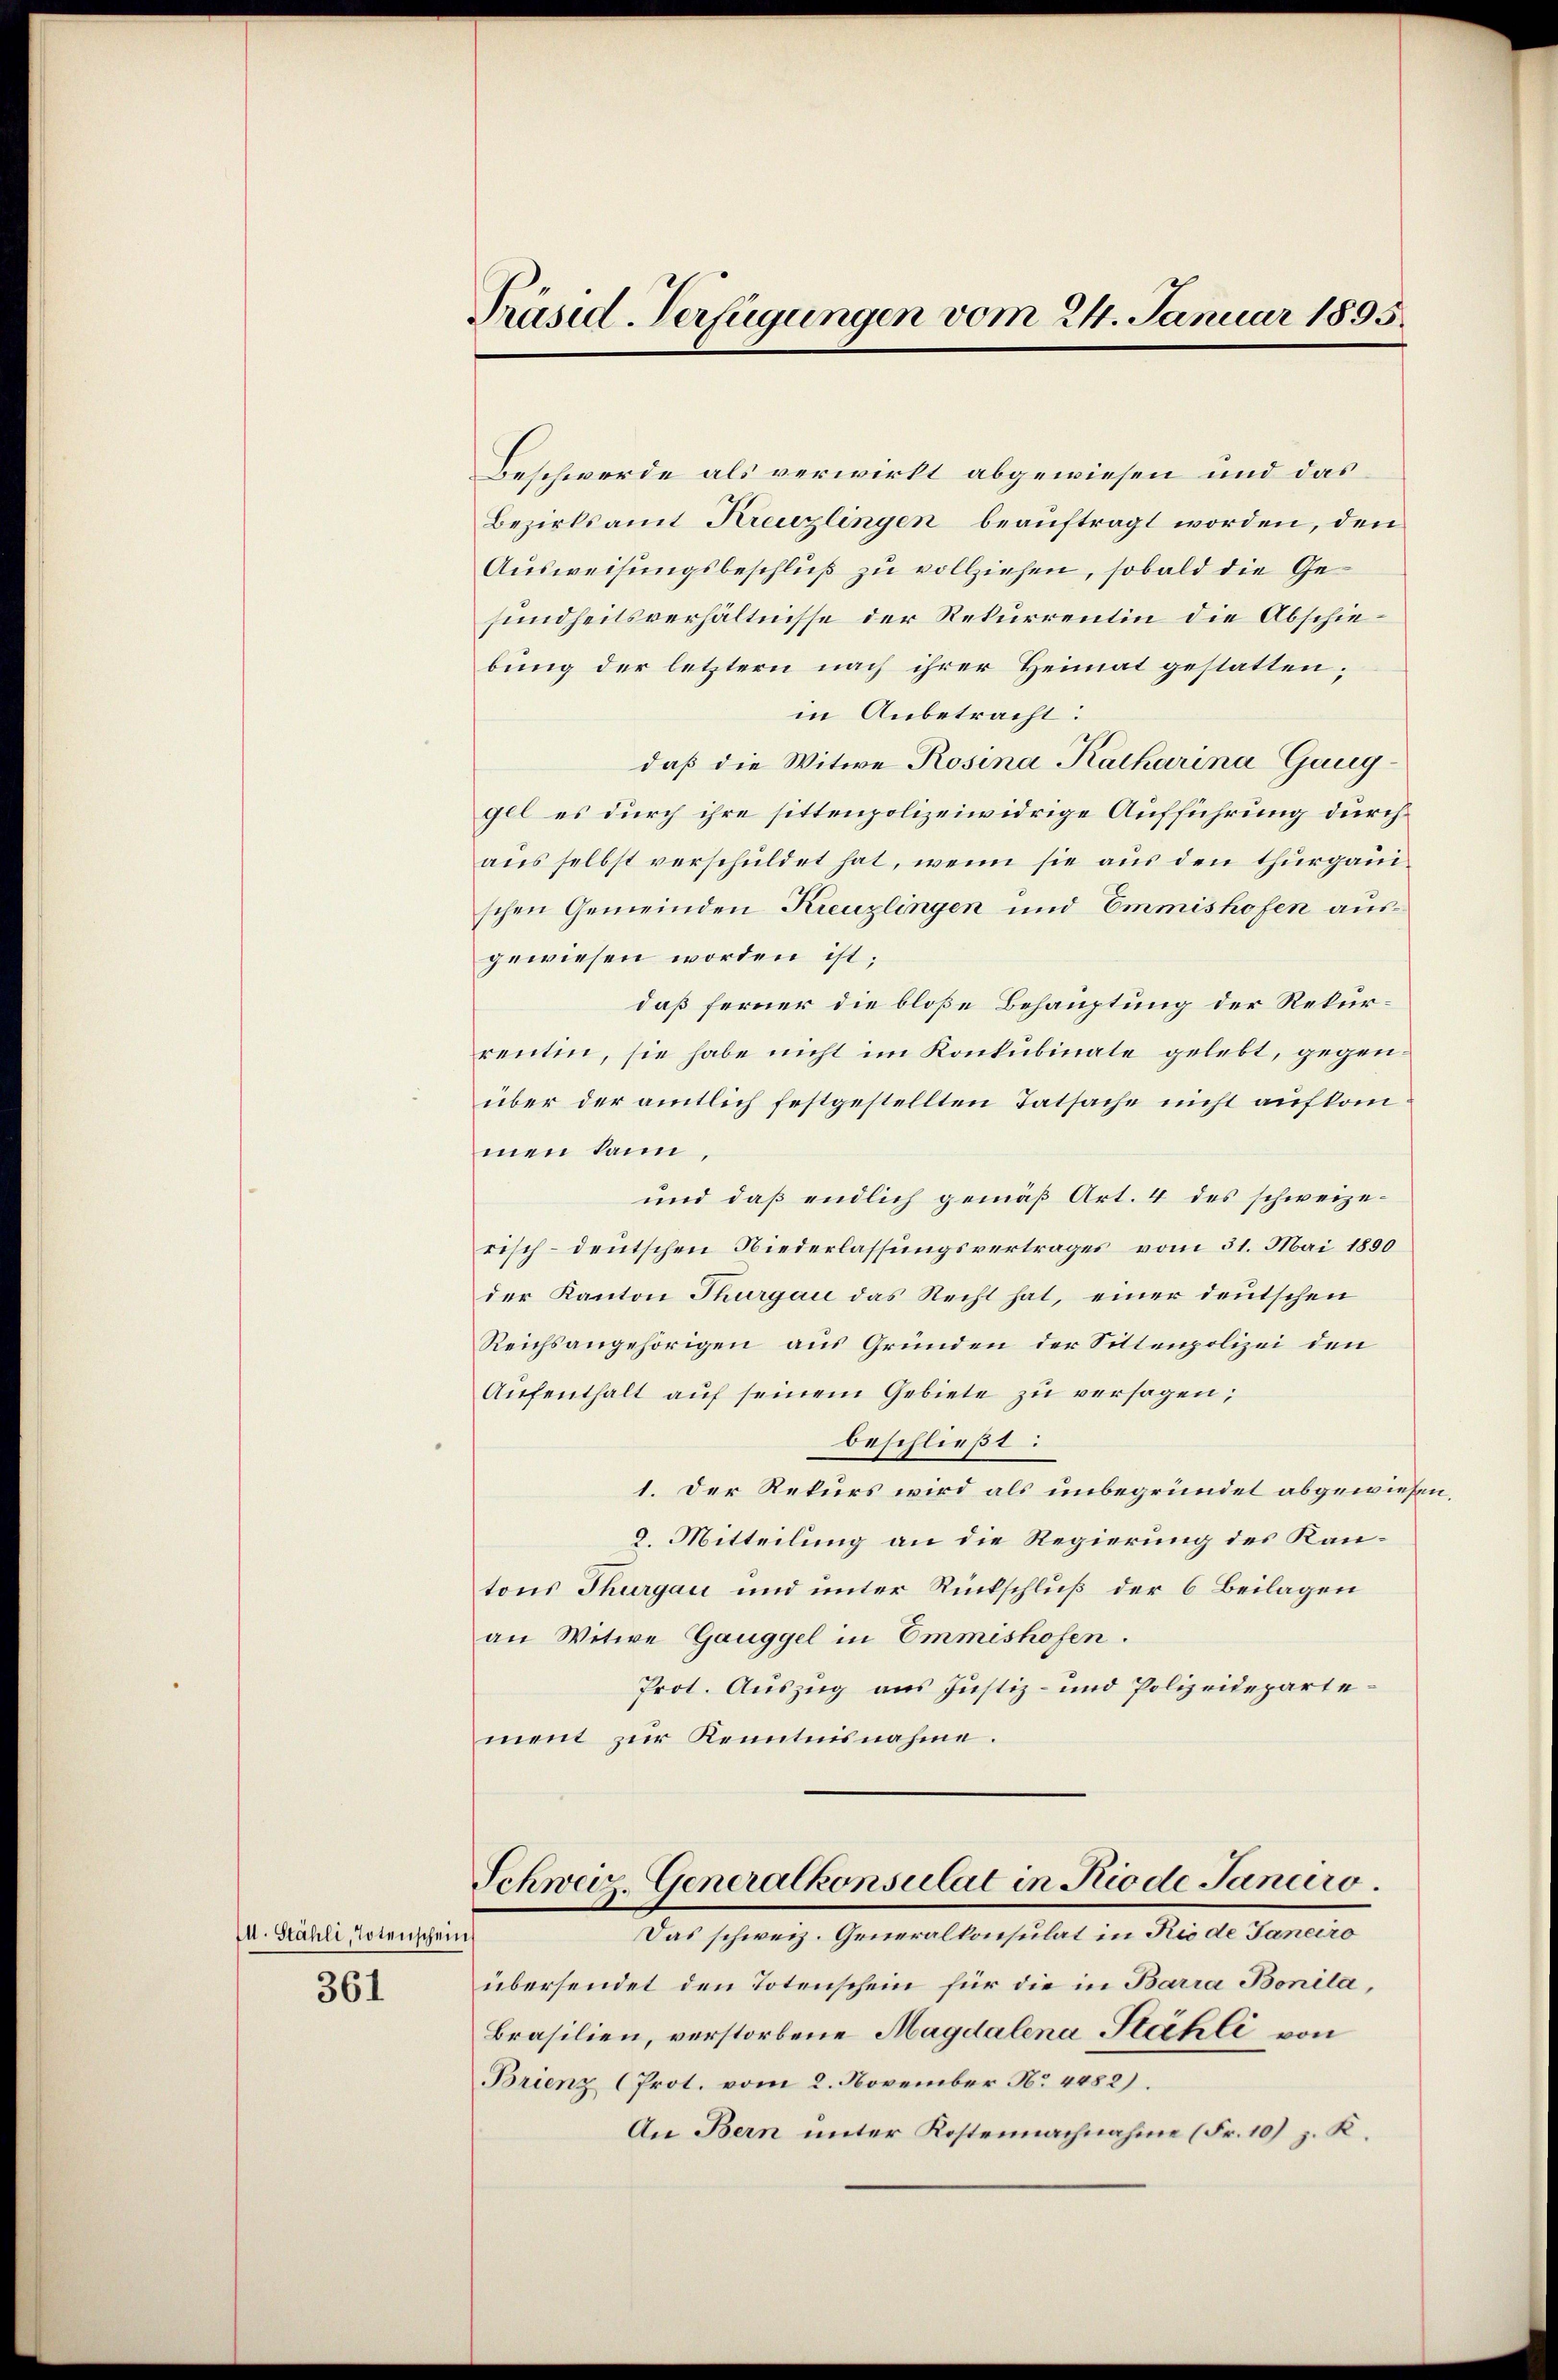
II. Stähli, Totenschein
361

Präsid. Verfügungen vom 24. Januar 1895.

Beschwerde als verwirkt abgewiesen und das
Bezirksamt Kreuzlingen beauftragt worden, den
Ausweisungsbeschluß zu vollziehen, sobald die Gesundheitsverhältnisse der Rekurrentin die Abschiebung der letztern nach ihrer Heimat gestatten;
in Anbetracht:
daß die Witwe Rosina Katharina Ganggel es durch ihre sittenpolizeiwidrige Aufführung durch
aus selbst verschuldet hat, wenn sie aus den thurgauischen Gemeinden Kreuzlingen und Emmishofen ausgewiesen worden ist;
daß ferner die bloße Behauptung der Rekurrentin, sie habe nicht im Konkubinate gelebt, gegenüber der amtlich festgestellten Tatsache nicht aufkommen kann,
und daß endlich gemäß Art. 4 des schweizerisch-deutschen Niederlassungsvertrages vom 31. Mai 1890
der Kanton Thurgau das Recht hat, einer deutschen
Reichsangehörigen aus Gründen der Sittenpolizei den
Aŭfenthalt aŭf seinem Gebiete zu versagen;
beschließt:
1. Der Rekurs wird als unbegründet abgewiesen
8. Mitteilung an die Regierung des Kantons Thurgau und unter Rückschluß der 6 Beilagen
an Witwe Ganggel in Emmeshofen.
Prot. Auszug aus Justiz- und Polizeidepartement zur Kenntnisnahme.
Schweiz. Generalkonsulat in Rio de Janciro.
Das schweiz. Generalkonsulat in Rio de Janeiro
übersendet den Totenschein für die in Barra Bonila,
Brasilien, verstorbene Magdalena Stähli von
Brienz (Prot. vom 2. November No 4052).
An Bern unter Kostennachnahme (Fr. 10) z. K.